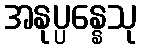
အနုပ္ပန္နေသု